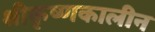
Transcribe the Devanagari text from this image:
श्रीकृष्णकालीन